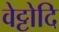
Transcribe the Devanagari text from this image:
वेट्टोदि